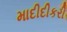
માદીદીકરી